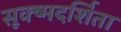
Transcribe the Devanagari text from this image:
सूक्ष्मदर्शिता